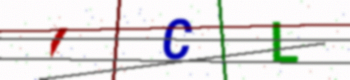
Text: ICL